Indian Medical Review
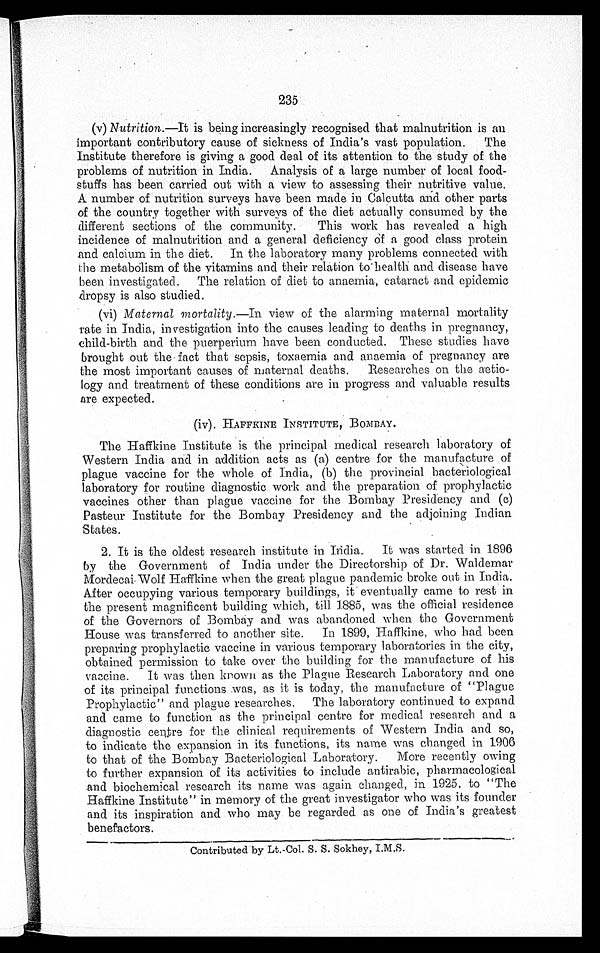
235
(v) Nutrition.—It is being increasingly recognised that malnutrition is an
important contributory cause of sickness of India's vast population. The
Institute therefore is giving a good deal of its attention to the study of the
problems of nutrition in India. Analysis of a large number of local food-
stuffs has been carried out with a view to assessing their nutritive value.
A number of nutrition surveys have been made in Calcutta and other parts
of the country together with surveys of the diet actually consumed by the
different sections of the community. This work has revealed a high
incidence of malnutrition and a general deficiency Of a good class protein
and calcium in the diet. In the laboratory many problems connected with
the metabolism of the vitamins and their relation. to health and disease have
been investigated. The relation of diet to anaemia, cataract and epidemic
dropsy is also studied.
(vi) Maternal mortality.—In view of the alarming maternal mortality
rate in India, investigation into the causes leading to deaths in pregnancy,
child-birth and the puerperium have been conducted. These studies have
brought out the• fact that sepsis, toxaemia and anaemia of pregnancy are
the most important causes of maternal deaths. Researches on the aetio-
logy and treatment of these conditions are in progress and valuable results
ore expected.
(iv). HAFFKINE INSTITUTE, BOMBAY.
The Haffkine Institute is the principal medical research laboratory of
Western India and in addition acts as (a) centre for the manufacture of
plague vaccine for the whole of India, (b) the provincial bacteriological
laboratory for routine diagnostic work and the preparation. of prophylactic
vaccines other than plague vaccine for the Bombay Presidency and (c)
Pasteur Institute for the Bombay Presidency and the adjoining Indian
States.
2. It is the oldest research institute in India. It was started in 1896
by the Government of. India under the Directorship of Dr. Waldemar
iardecai.Wolf Haffkine when the great plague pandemic broke out in India.
After occupying various temporary buildings, it eventually came to rest in
the present magnificent building which, till 1885, was the official residence
of the Governors of Bombay and was abandoned when the Government
House was transferred to another site. In 1899, Haffkine, who had been
preparing prophylactic vaccine in. various temporary laboratories in the city,
obtained permission to take over the building for the manufacture of his
vaccine. It was then known as the Plague Research Laboratory and one
of its principal functions was, as it is today, the manufacture of "Plague
Prophylactic" and plague researches. The laboratory continued to expand
and came to function as the principal centre for medical research and a
diagnostic centre for the clinical requirements of Western. India and so,
to indicate the expansion in its functions, its name was changed in 1906
to that of the Bombay Bacteriological Laboratory. More recently owing
to further expansion of its activities to include antirabic, pharmacological
and biochemical research its name was again changed, in 1925, to "The
Haffkine Institute" in memory of the great investigator who was its founder
and its inspiration and who may be regarded as one of India's greatest
benefactors.
Contributed by Lt.-Col. S. S. Sokhey, I.M.S.